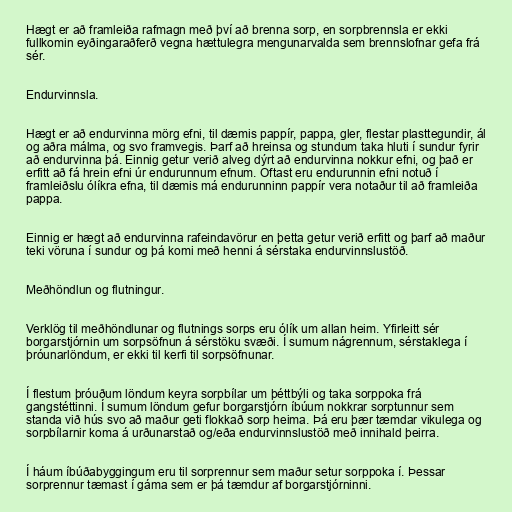
Hægt er að framleiða rafmagn með því að brenna sorp, en sorpbrennsla er ekki
fullkomin eyðingaraðferð vegna hættulegra mengunarvalda sem brennslofnar gefa frá
sér.

Endurvinnsla.

Hægt er að endurvinna mörg efni, til dæmis pappír, pappa, gler, flestar plasttegundir, ál
og aðra málma, og svo framvegis. Þarf að hreinsa og stundum taka hluti í sundur fyrir
að endurvinna þá. Einnig getur verið alveg dýrt að endurvinna nokkur efni, og það er
erfitt að fá hrein efni úr endurunnum efnum. Oftast eru endurunnin efni notuð í
framleiðslu ólíkra efna, til dæmis má endurunninn pappír vera notaður til að framleiða
pappa.

Einnig er hægt að endurvinna rafeindavörur en þetta getur verið erfitt og þarf að maður
teki vöruna í sundur og þá komi með henni á sérstaka endurvinnslustöð.

Meðhöndlun og flutningur.

Verklög til meðhöndlunar og flutnings sorps eru ólík um allan heim. Yfirleitt sér
borgarstjórnin um sorpsöfnun á sérstöku svæði. Í sumum nágrennum, sérstaklega í
þróunarlöndum, er ekki til kerfi til sorpsöfnunar.

Í flestum þróuðum löndum keyra sorpbílar um þéttbýli og taka sorppoka frá
gangstéttinni. Í sumum löndum gefur borgarstjórn íbúum nokkrar sorptunnur sem
standa við hús svo að maður geti flokkað sorp heima. Þá eru þær tæmdar vikulega og
sorpbílarnir koma á urðunarstað og/eða endurvinnslustöð með innihald þeirra.

Í háum íbúðabyggingum eru til sorprennur sem maður setur sorppoka í. Þessar
sorprennur tæmast í gáma sem er þá tæmdur af borgarstjórninni.